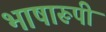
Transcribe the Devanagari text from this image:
भाषारूपी